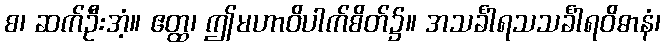
စ၊ ဆက်ဦးအံ့။ ဧတ္ထ၊ ဤမဟာဝိပါက်စိတ်၌။ အသင်္ခါရသသင်္ခါရဝိဓာနံ၊